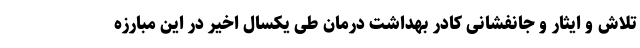
تلاش و ایثار و جانفشانی کادر بهداشت درمان طی یکسال اخیر در این مبارزه